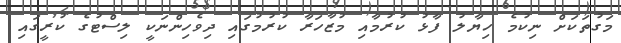
މަގުތަކަށް ނިކުމެ ހިޔާލު ފާޅު ކުރުމާއި މުޒާހަރާ ކުރުމުގައި ދިވެހިންނަކީ ލިސްޓުގެ ކުރީގައި